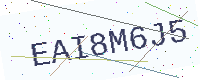
Text: EAI8M6J5